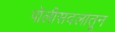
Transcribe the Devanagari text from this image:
पोलीसदलातून